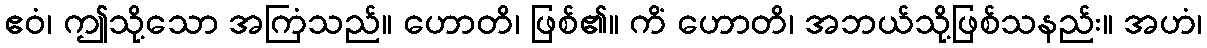
ဧဝံ၊ ဤသို့သော အကြံသည်။ ဟောတိ၊ ဖြစ်၏။ ကိံ ဟောတိ၊ အဘယ်သို့ဖြစ်သနည်း။ အဟံ၊